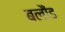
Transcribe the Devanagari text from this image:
बलौंड